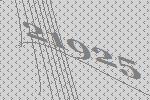
21925